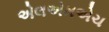
એલએમએચ